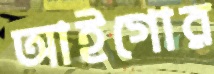
আইগোর